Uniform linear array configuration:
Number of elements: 24
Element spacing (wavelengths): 0.75
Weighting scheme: hann
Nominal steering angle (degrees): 30
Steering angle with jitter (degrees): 31.785
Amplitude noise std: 0.05
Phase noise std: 0.05

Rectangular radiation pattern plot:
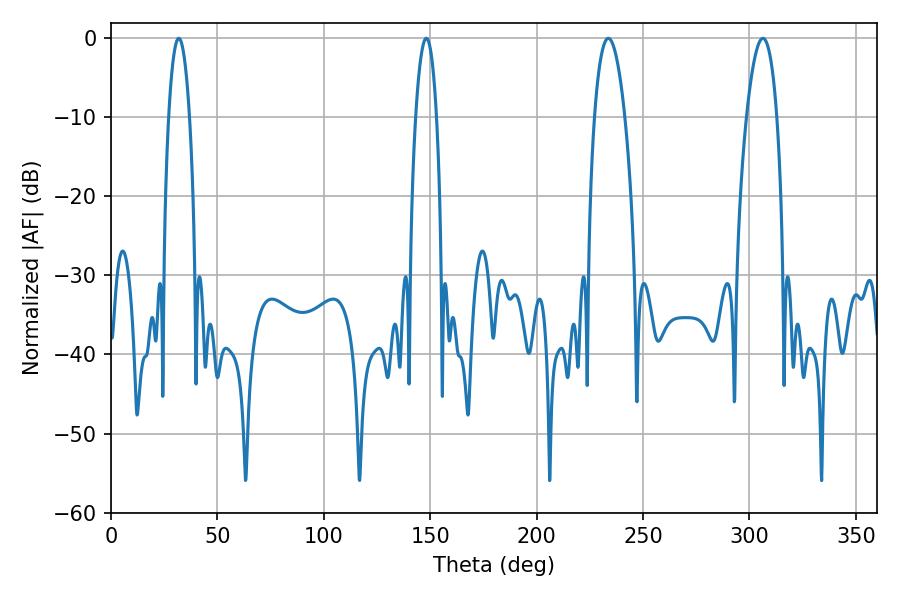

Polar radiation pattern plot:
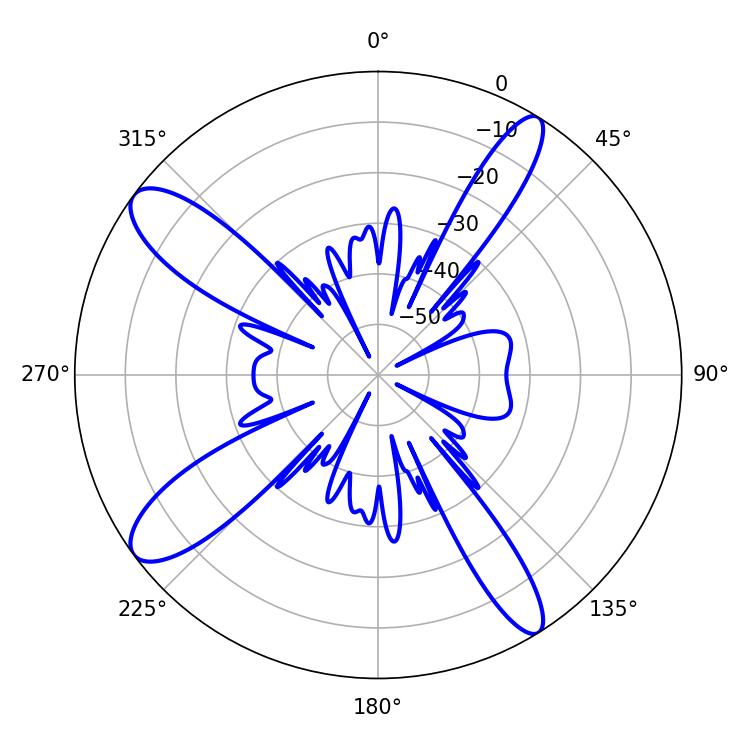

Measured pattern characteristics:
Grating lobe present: TRUE
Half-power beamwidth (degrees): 5.4
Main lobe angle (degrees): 31.86